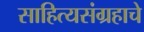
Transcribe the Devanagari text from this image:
साहित्यसंग्रहाचे